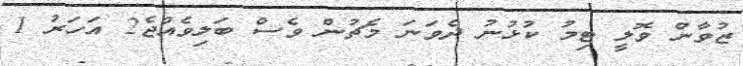
ޒުވާން ވޮލީ ޓިމު ކުޅުނު ދެވަނަ މެޗުން ވެސް ބަލިވެއްޖެ2 އަހަރު 1